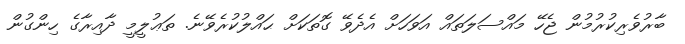
ބާރުވެރިކުރުމުން ޖެހޭ މައްސަލަތައް އަވަހަށް އެދެވޭ ގޮތަކަށް ޙައްލުކުރެވޭނެ. ތަޢުލީމީ ދާއިރާގެ ހިންގުން